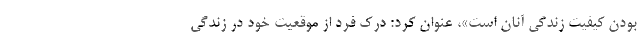
بودن کیفیت زندگی آنان است»، عنوان کرد: درک فرد از موقعیت خود در زندگی